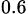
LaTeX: _{0.6}